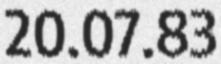
20.07.83